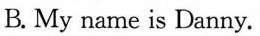
B. My name is Danny.